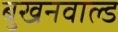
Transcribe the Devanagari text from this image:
बुखनवाल्ड